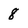
Character: 8